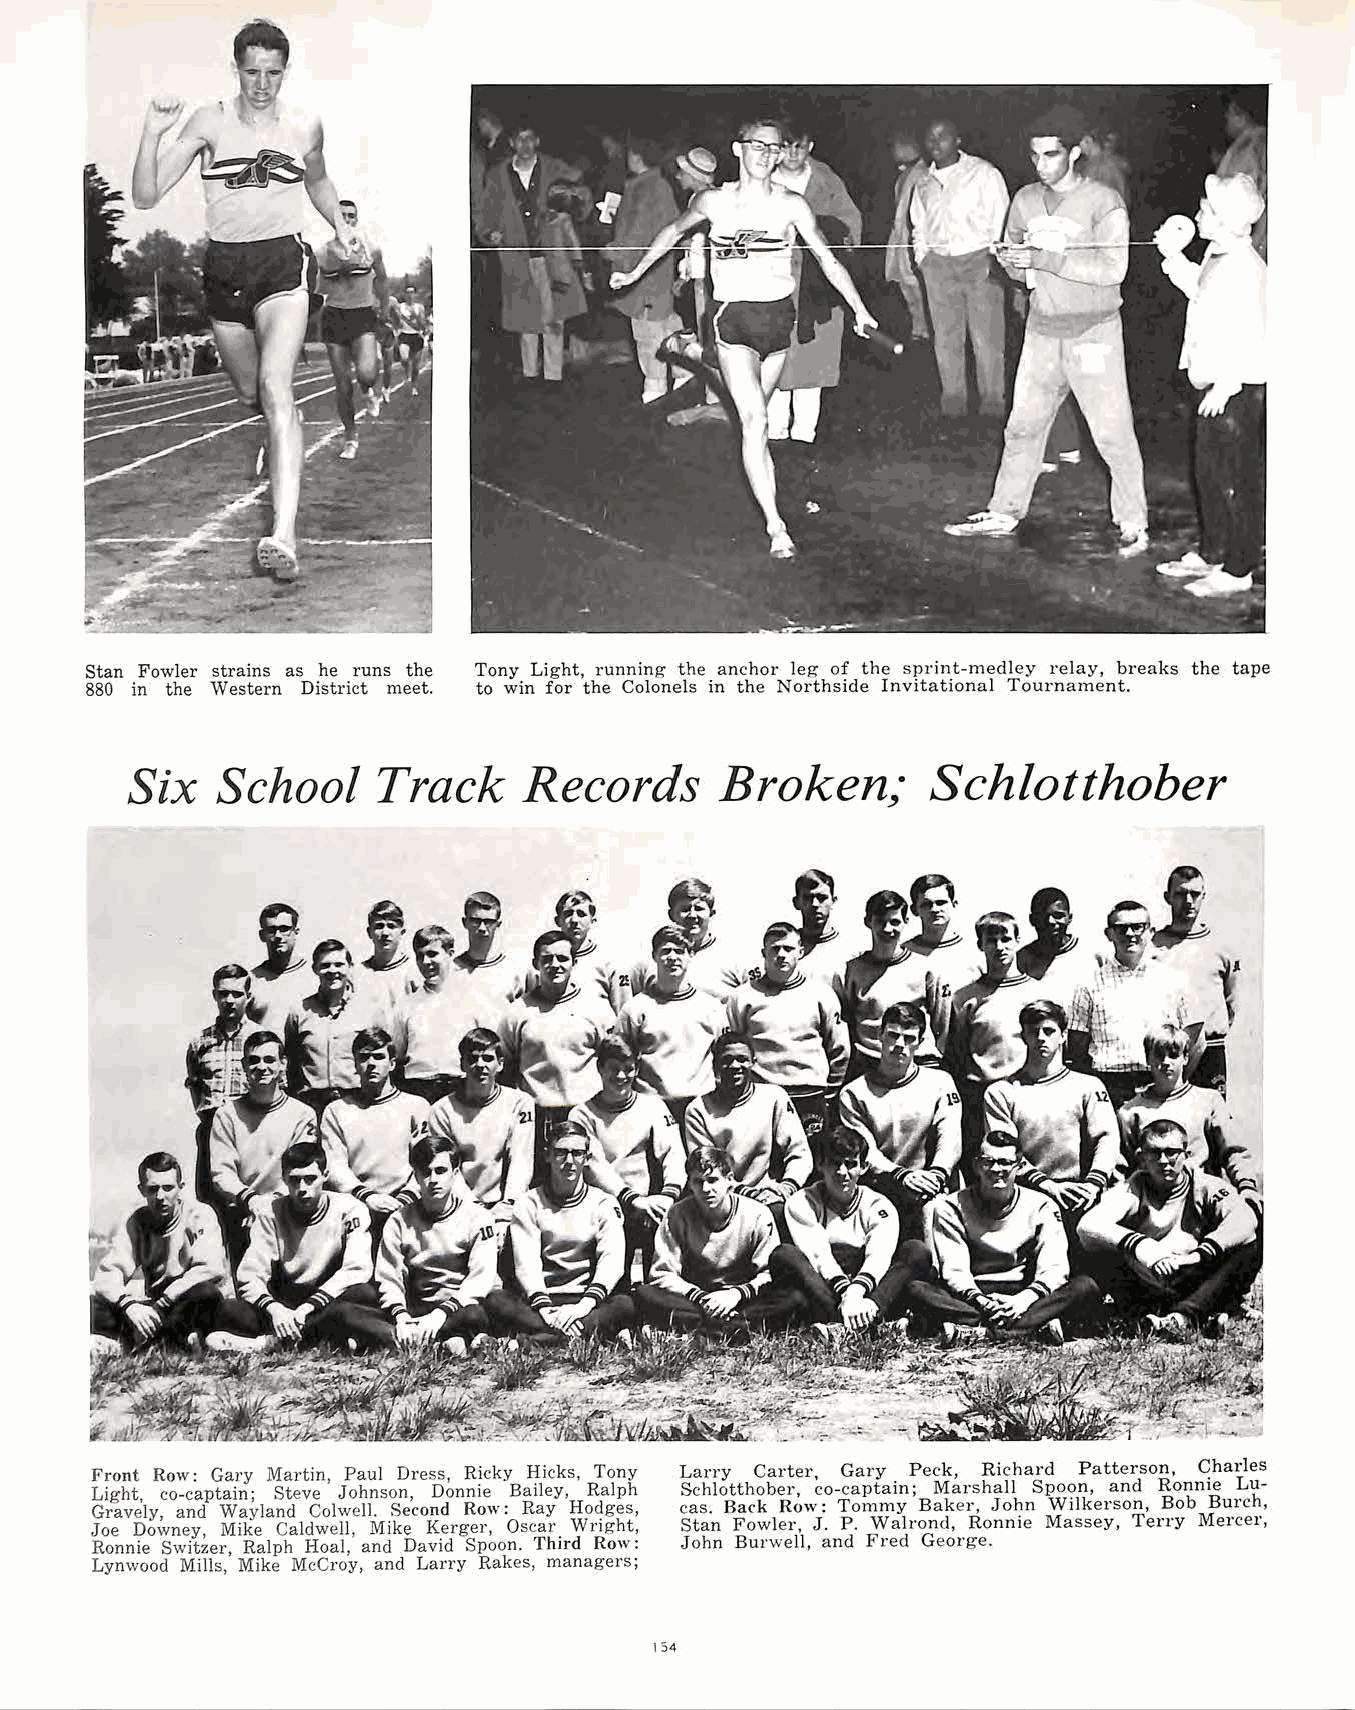
Stan Fowler strains as he runs the Tony Light, running the anchor leg of the sprint-medley relay, breaks the tape
 880 in the West ern District meet. to win for the Colonels in the Northside Invitational Tournament.
 Six   School     Track     Records     Broken!'·     Schlotthober
 Front Row: Gary Martin, Paul Dress, Ricky Hicks, Tony Larry Carter, Gary Peck, Richard Patterson, Charles
 Light, co-captain; Steve Johnson, Donnie Bailey, Ralph Schlotthober, co-captain; Marshall Spoon, and Ronnie Lu
 Gravely, and Wayland Colwell. Second Row: Ray Hodges, cas. Back Row: Tommy Baker, John Wilkerson, Bob Burch,
 Joe Downey, Mike Caldwell, Mike Kerger, Oscar Wright, Stan Fowler, J. P. Walrond, Ronnie Massey, Terry Mercer,
 Ronnie Switzer, Ralph Hoa!, and David Spoon. Third Row: John Burwell, and Fred George.
 Lynwood Mills, Mike McCroy, and Larry Rakes, managers;
 154